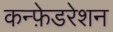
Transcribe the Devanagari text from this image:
कन्फ़ेडरेशन